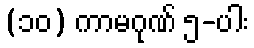
(၁၀) ကာမဂုဏ် ၅-ပါး